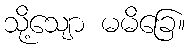
သို့သျော မမိခြေ။